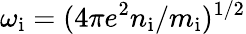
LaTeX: \omega_{\mathrm{i}}=(4\pi e^{2}n_{\mathrm{i}}/m_{\mathrm{i}})^{1/2}